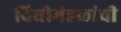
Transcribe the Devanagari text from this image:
विधीमंडळांची